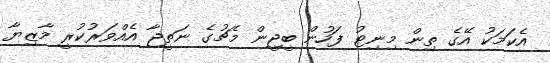
އެކަމަކު އޭގެ ތިން މިނިޓު ފަހުން ބީޖީން މެޗުގެ ނަތީޖާ އެއްވަރުކުރީ މާޒިޔާ